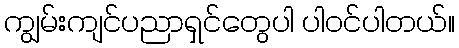
ကျွမ်းကျင်ပညာရှင်တွေပါ ပါဝင်ပါတယ်။